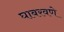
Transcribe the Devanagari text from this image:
घाबरवणे